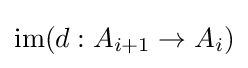
\operatorname {im} (d:A_{i+1}\to A_{i})